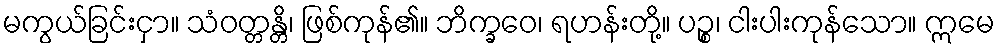
မကွယ်ခြင်းငှာ။ သံဝတ္တန္တိ၊ ဖြစ်ကုန်၏။ ဘိက္ခဝေ၊ ရဟန်းတို့။ ပဉ္စ၊ ငါးပါးကုန်သော။ ဣမေ